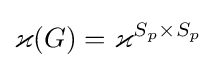
\varkappa (G)=\varkappa ^{S_{p}\times S_{p}}